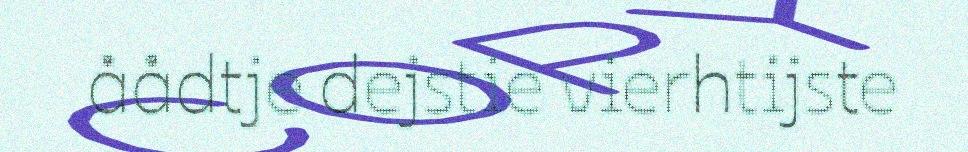
åådtje dejstie vierhtijste